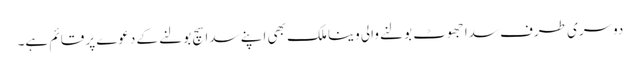
دوسری طرف سدا جھوٹ بولنے والی وینا ملک بھی اپنے سدا سچ بولنے کے دعوے پر قائم ہے۔